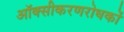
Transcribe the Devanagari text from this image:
ऑक्सीकरणरोधकों